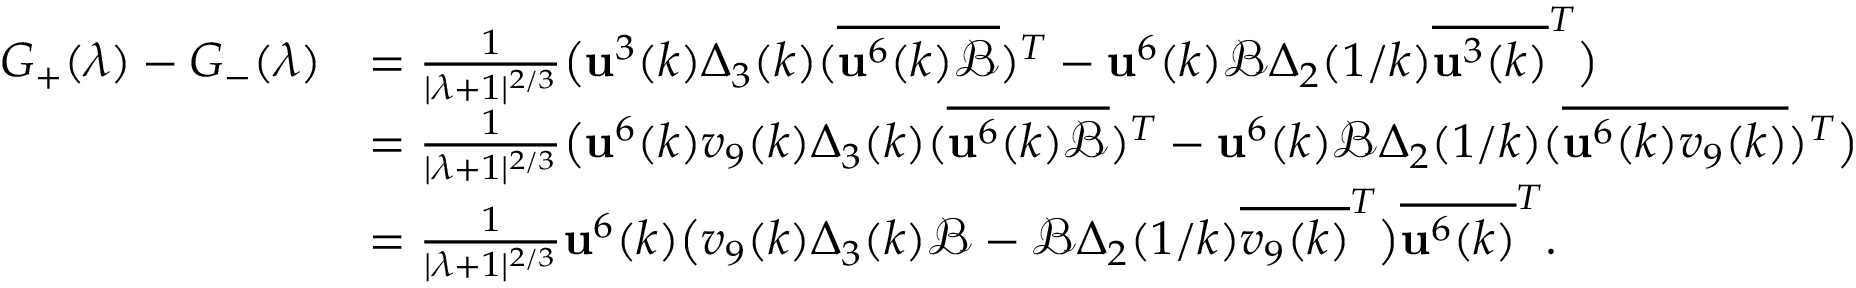
\begin{array} { r l } { G _ { + } ( \lambda ) - G _ { - } ( \lambda ) } & { = \frac { 1 } { | \lambda + 1 | ^ { 2 / 3 } } \big ( \mathbf { u } ^ { 3 } ( k ) \Delta _ { 3 } ( k ) ( \overline { { \mathbf { u } ^ { 6 } ( k ) \mathcal { B } } } ) ^ { T } - \mathbf { u } ^ { 6 } ( k ) \mathcal { B } \Delta _ { 2 } ( 1 / k ) \overline { { \mathbf { u } ^ { 3 } ( k ) } } ^ { T } \big ) } \\ & { = \frac { 1 } { | \lambda + 1 | ^ { 2 / 3 } } \big ( \mathbf { u } ^ { 6 } ( k ) v _ { 9 } ( k ) \Delta _ { 3 } ( k ) ( \overline { { \mathbf { u } ^ { 6 } ( k ) \mathcal { B } } } ) ^ { T } - \mathbf { u } ^ { 6 } ( k ) \mathcal { B } \Delta _ { 2 } ( 1 / k ) ( \overline { { \mathbf { u } ^ { 6 } ( k ) v _ { 9 } ( k ) } } ) ^ { T } \big ) } \\ & { = \frac { 1 } { | \lambda + 1 | ^ { 2 / 3 } } \mathbf { u } ^ { 6 } ( k ) \big ( v _ { 9 } ( k ) \Delta _ { 3 } ( k ) \mathcal { B } - \mathcal { B } \Delta _ { 2 } ( 1 / k ) \overline { { v _ { 9 } ( k ) } } ^ { T } \big ) \overline { { \mathbf { u } ^ { 6 } ( k ) } } ^ { T } . } \end{array}